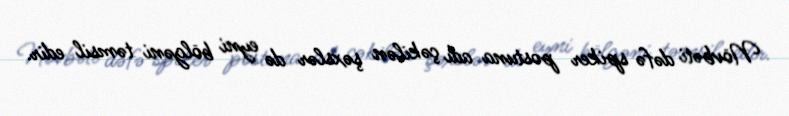
Növbəti dəfə spiker postuna adı çəkilən şəxslər də eyni bölgəni təmsil edir.